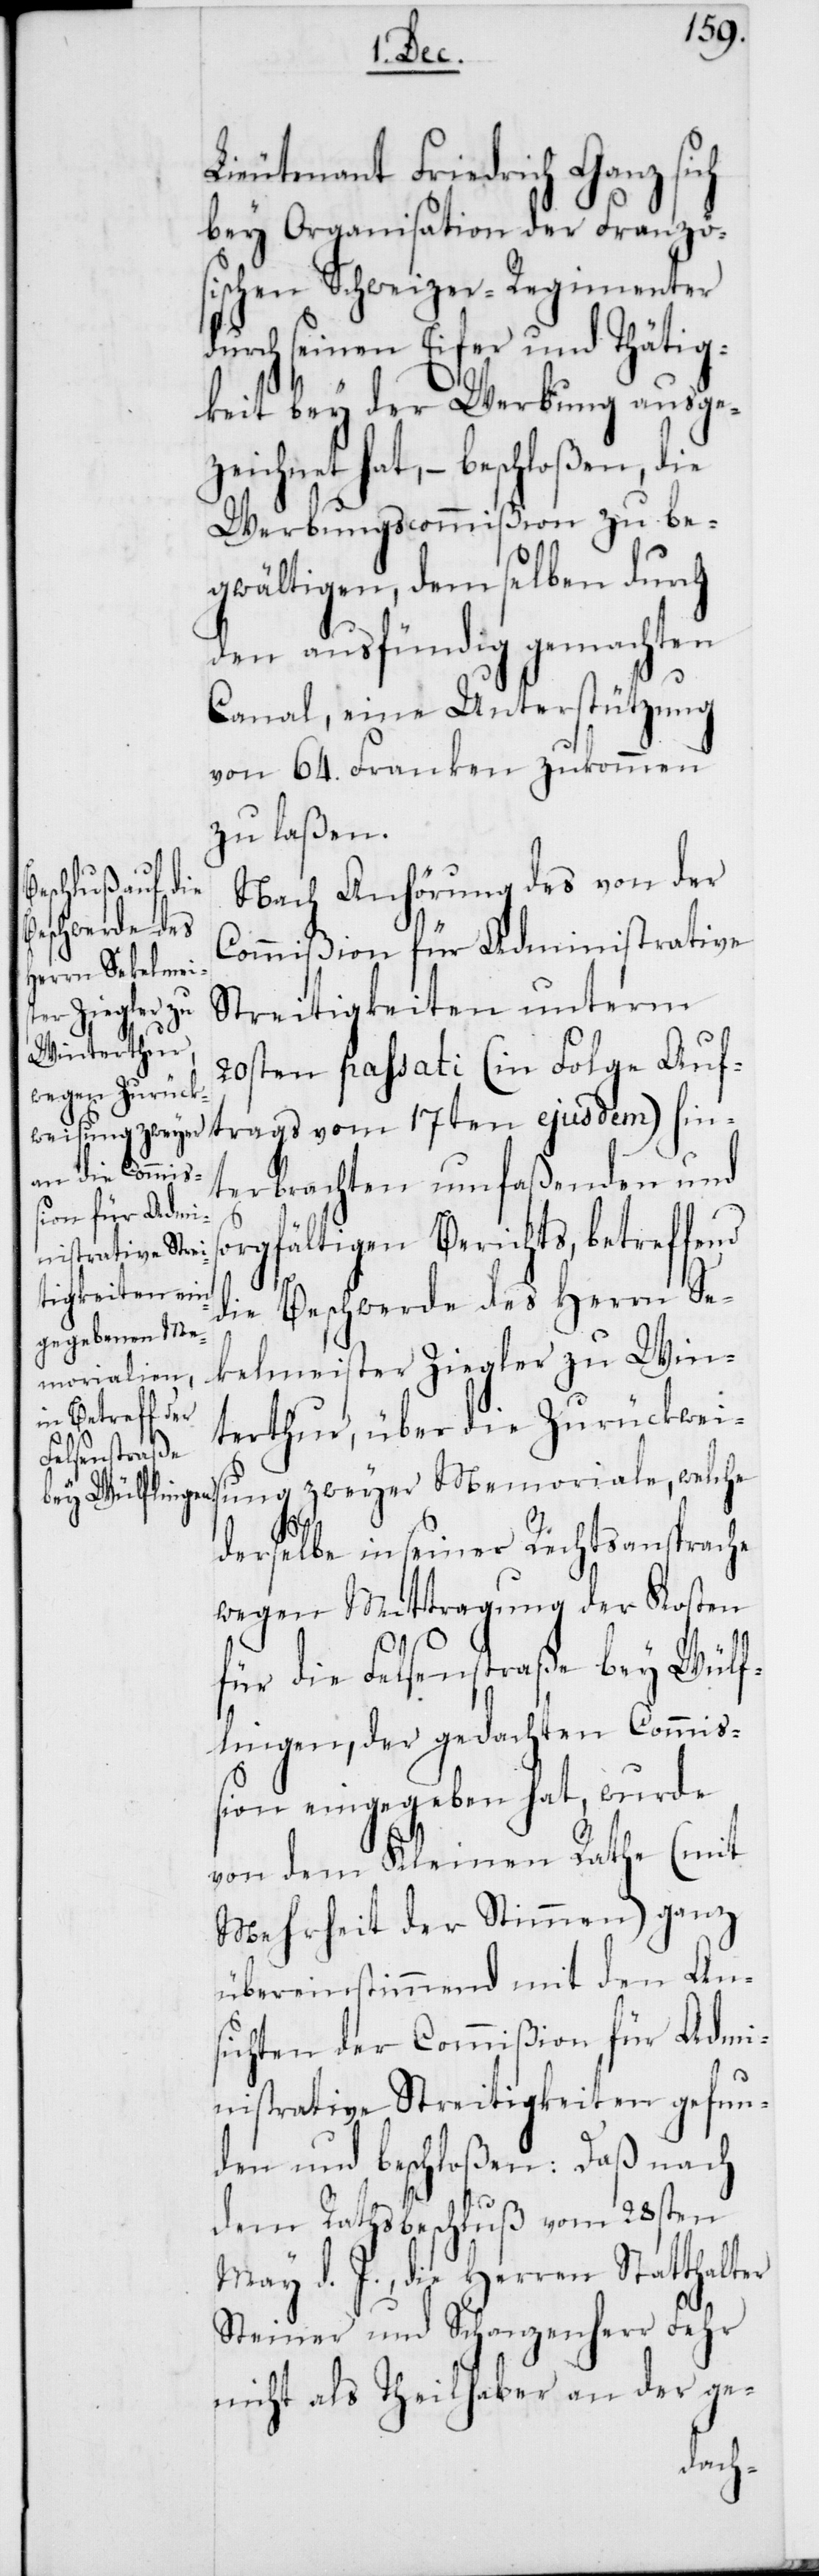
Lieutenant Friedrich Ganz sich
bey Organisation der Französ¬
ischen Schweizer-Regimenter
urch seinen Eifer und Thätig¬
keit bey der Werbung ausge¬
zeichnet hat, – beschloßen, die
Werbungscommißion zu be¬
gwältigen, demselben durch
den ausfündig gemachten
Canal, eine Unterstützung
von 64. Franken zukommen
zu laßen.
Nach Anhörung des von der
Commißion für Administrative
Streitigkeiten unterm
20sten passati (in Folge Auf¬
trags vom 17ten ejusdem) hin¬
terbrachten umfaßenden und
sorgfältigen Berichts, betreffend
die Beschwerde des Herrn Se¬
kelmeister Ziegler zu Win¬
terthur, über die Zurückweis¬
ung zweyer Memoriale, welche
derselbe in seiner Rechtsansprache
wegen Mittragung der Kosten
d¬
für die Felsenstraße bey Wülf¬
lingen, der gedachten Commiß¬
ion eingegeben hat, wurde
von dem Kleinen Rathe (mit
Mehrheit der Stimmen) ganz
übereinstimmend mit den An¬
sichten der Commißion für Admi¬
nistrative Streitigkeiten gefun¬
den und beschloßen: Daß nach
dem Rathsbeschluß vom 28sten
May d. J., die Herren Statthalter
Steiner und Schanzenherr Fehr
nicht als Theilhaber an der ge-